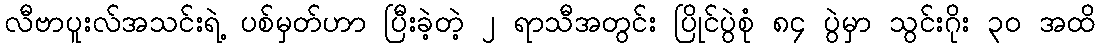
လီဗာပူးလ်အသင်းရဲ့ ပစ်မှတ်ဟာ ပြီးခဲ့တဲ့ ၂ ရာသီအတွင်း ပြိုင်ပွဲစုံ ၈၄ ပွဲမှာ သွင်းဂိုး ၃၀ အထိ